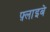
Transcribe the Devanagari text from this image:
फ़्लाइबे